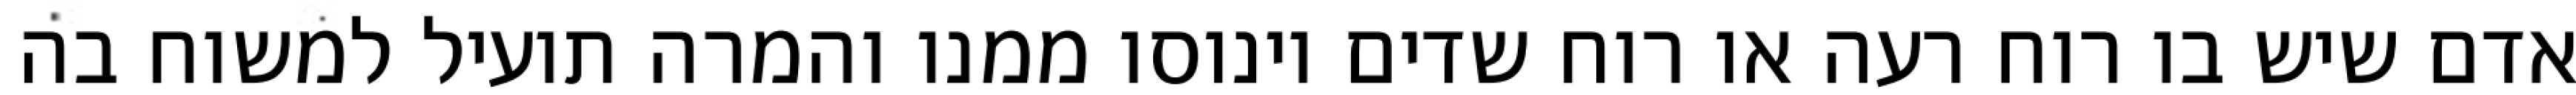
אדם שיש בו רוח רעה או רוח שדים וינוסו ממנו והמרה תועיל למשוח בה